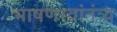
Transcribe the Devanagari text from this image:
भाषणस्वांतंत्र्य